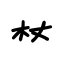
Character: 杖